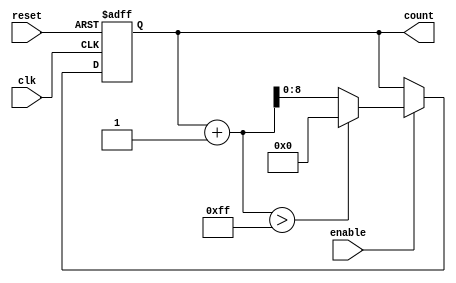
module parameterized_counter #(
    parameter MIN_VALUE = 0,
    parameter MAX_VALUE = 255,
    parameter STEP_SIZE = 1
) (
    input wire clk,
    input wire reset,
    input wire enable,
    output reg [$clog2(MAX_VALUE):0] count
);
    
    // Internal logic
    always @(posedge clk or posedge reset) begin
        if (reset) begin
            count <= MIN_VALUE;  // Initialize to MIN_VALUE on reset
        end else if (enable) begin
            // Increment count by STEP_SIZE
            if (count + STEP_SIZE > MAX_VALUE) begin
                count <= MIN_VALUE;  // Wrap around if exceeding MAX_VALUE
            end else begin
                count <= count + STEP_SIZE;  // Increment
            end
        end
    end

endmodule